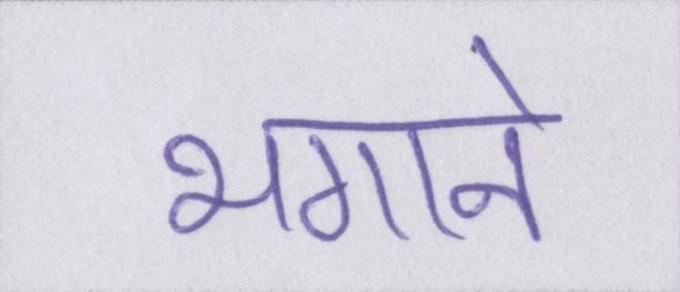
भगाने